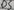
Text: D5